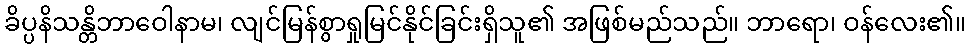
ခိပ္ပနိသန္တိဘာဝေါနာမ၊ လျင်မြန်စွာရှုမြင်နိုင်ခြင်းရှိသူ၏ အဖြစ်မည်သည်။ ဘာရော၊ ဝန်လေး၏။